Indian journal of veterinary science and animal husbandry - Volumes 24-25, 1954-1955
Year: 1954
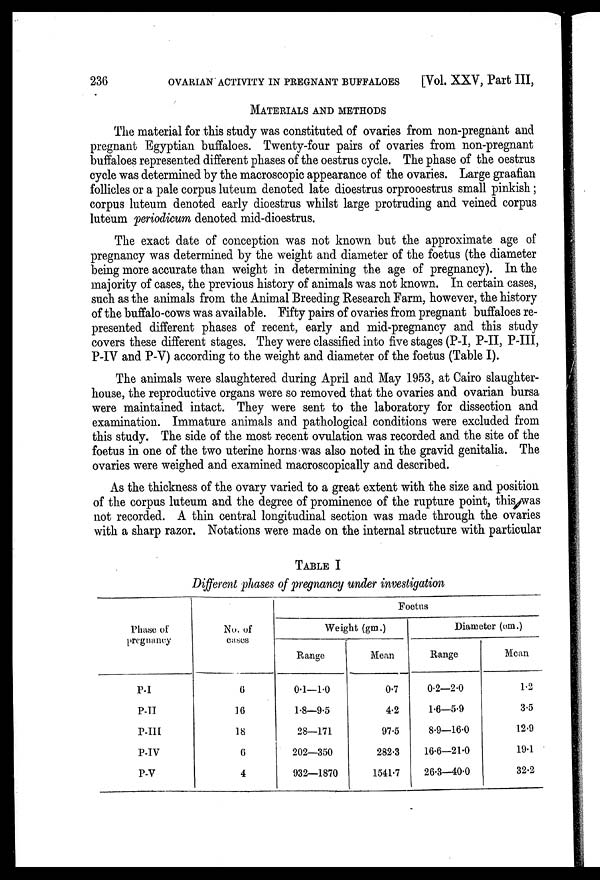
236
OVARIAN ACTIVITY IN PREGNANT BUFFALOES
[Vol. XXV, Part III,
MATERIALS AND METHODS
The material for this study was constituted of ovaries from non-pregnant and
pregnant Egyptian buffaloes. Twenty-four pairs of ovaries from non-pregnant
buffaloes represented different phases of the oestrus cycle. The phase of the oestrus
cycle was determined by the macroscopic appearance of the ovaries. Large graafian
follicles or a pale corpus luteum denoted late dioestrus orprooestrus small pinkish;
corpus luteum denoted early dioestrus whilst large protruding and veined corpus
luteum periodicum denoted mid-dioestrus.
The exact date of conception was not known but the approximate age of
pregnancy was determined by the weight and diameter of the foetus (the diameter
being more accurate than weight in determining the age of pregnancy). In the
majority of cases, the previous history of animals was not known. In certain cases,
such as the animals from the Animal Breeding Research Farm, however, the history
of the buffalo-cows was available. Fifty pairs of ovaries from pregnant buffaloes re-
presented different phases of recent, early and mid-pregnancy and this study
covers these different stages. They were classified into five stages (P-I, P-II, P-III,
P-IV and P-V) according to the weight and diameter of the foetus (Table I).
The animals were slaughtered during April and May 1953, at Cairo slaughter-
house, the reproductive organs were so removed that the ovaries and ovarian bursa
were maintained intact. They were sent to the laboratory for dissection and
examination. Immature animals and pathological conditions were excluded from
this study. The side of the most recent ovulation was recorded and the site of the
foetus in one of the two uterine horns was also noted in the gravid genitalia. The
ovaries were weighed and examined macroscopically and described.
As the thickness of the ovary varied to a great extent with the size and position
of the corpus luteum and the degree of prominence of the rupture point, this was
not recorded. A thin central longitudinal section was made through the ovaries
with a sharp razor. Notations were made on the internal structure with particular
TABLE I
Different phases of pregnancy under investigation
Phase of
pregnancy
P-I
P-II
P-III
P-IV
P-V
No. of
cases
0
16
18
6
4
Foetus
Weight (gm.)
Range
0.1—1.0
1.8—9.5
28—171
202—350
932—1870
Mean
0.7
4.2
97.5
282.3
1541.7
Diameter (gm.)
Range
0.2—2.0
1.6—5.9
8.9—16.0
16.6—21.0
26.3—40.0
Mean
1.2
3.5
12.9
19.1
32.2